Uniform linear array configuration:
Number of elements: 32
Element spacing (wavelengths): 0.5
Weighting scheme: exponential
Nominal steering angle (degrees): -15
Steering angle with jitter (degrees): -15.139
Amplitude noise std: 0.05
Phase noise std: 0.05

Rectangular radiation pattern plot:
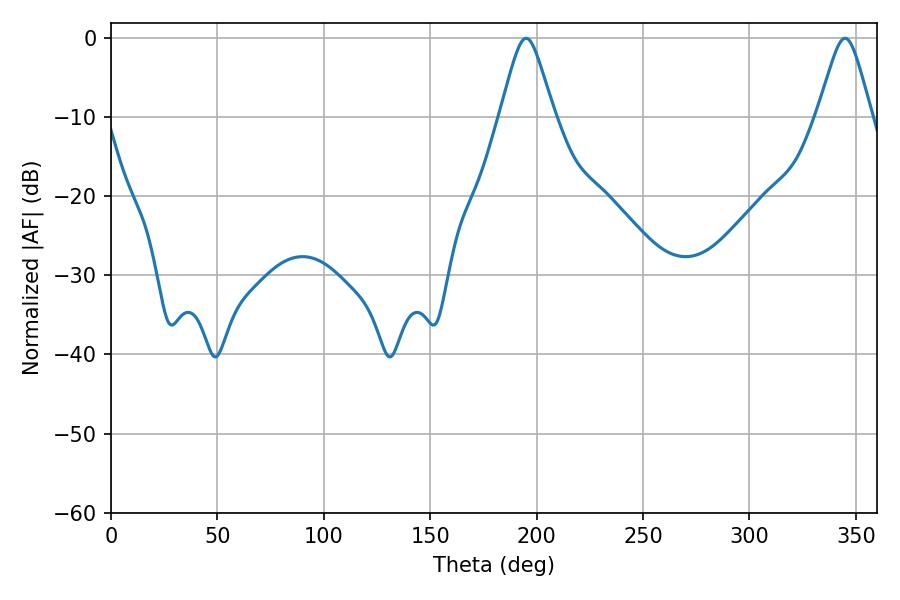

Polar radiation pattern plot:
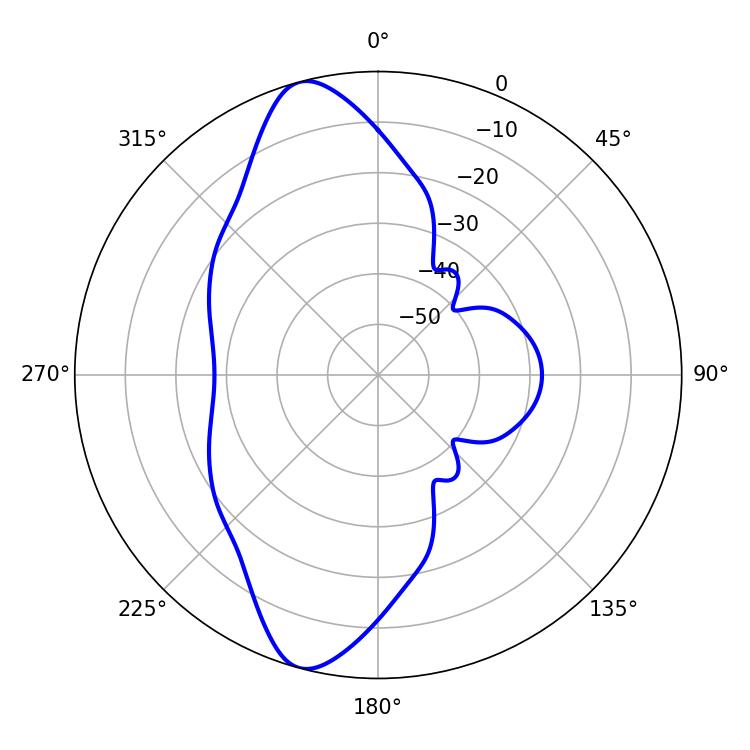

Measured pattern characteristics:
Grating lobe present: FALSE
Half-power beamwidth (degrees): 12.06
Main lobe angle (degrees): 195.12